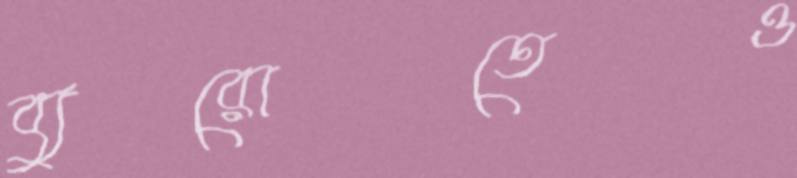
ব্যুরোতেও